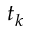
t _ { k }